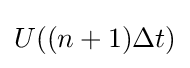
U((n+1)\Delta t)